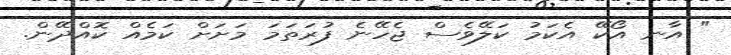
" އާނ އޯކޭ އެކަމު ކަލޭވެސް ޖެހޭނެ ފުރަތަމަ މަށަށް ކަމެއް ކޮއްދޭން.